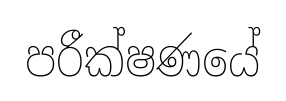
පරීක්ෂණයේ